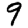
Digit: 9